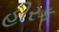
હીરક